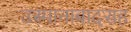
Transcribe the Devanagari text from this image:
उस्मानाबादसह